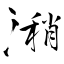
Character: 潲